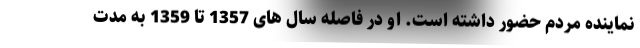
نماینده مردم حضور داشته است. او در فاصله سال های 1357 تا 1359 به مدت